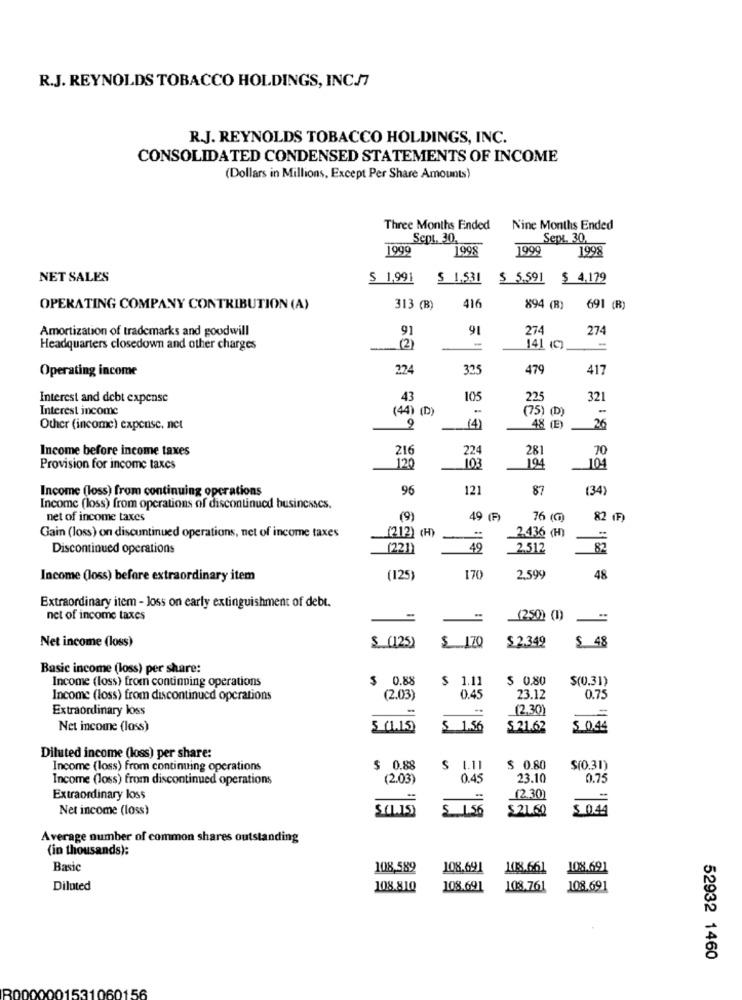
R.J. REYNOLDS TOBACCO HOLDINGS, INC./7
R.J. REYNOLDS TOBACCO HOLDINGS, INC.
CONSOLIDATED CONDENSED STATEMENTS OF INCOME
(Dollars in Millions, Except Per Share Amounts)
Three Months Ended
Nine Months Ended
Sept. 30.
Sept. 30.
1999
1998
1999
1998
NET SALES
S 1,991
$ 1,531
$ 5.591
$ 4,179
416
OPERATING COMPANY CONTRIBUTION (A)
313 (B)
894 (R)
691 (R)
Amortization of trademarks and goodwill
91
91
274
274
Headquarters closedown and other charges
(2)
-
141 (C)
Operating income
224
479
417
Interest and debt expense
43
105
225
321
Interest income
(44) (
9
(4)
(75) ( D)
48 (E)
Other (income) expense. net
26
Income before income taxes
216
224
281
70
103
194
Provision for income taxes
120
104
Income (loss) from continuing operations
96
87
(34)
Income (loss) from operations of discontinued businesses.
net of income taxes
(9)
49 (F)
76 (@)
82 (F)
Gain (loss) on discuntinued operations, net of income taxes
(212) (H)
2.436 (H)
=
Discontinued operations
(221)
49
2.512
82
Income (loss) before extraordinary item
(125)
170
2,599
48
Extraordinary item - loss on early extinguishment of debt.
net of income taxes
(250) (1)
Net income (loss)
$ 2.349
$ (125)
$ 17Q
$ 48
Basic income (loss) per share:
Income (loss) from continuing operations
$ 0.88
$ 0.80
$(0.31)
$ 1.11
Income (loss) from discontinued operations
(2.03)
0.45
23.12
0.75
Extraordinary loss
12.30)
Net income (loss)
5 (1 .15)
S 1.56
S 21.62
S 0.44
Diluted income (loss) per share:
Income (loss) from continuing operations
$ 0.88
$ 0.80
$(0.31)
Income (loss) from discontinued operations
(2.03)
0.45
23.10
0.75
Extraordinary loss
(2.30)
Net income (loss)
$(1.15)
$ 1.56
$ 21.60
$ 0.44
Average number of common shares outstanding
(in thousands):
Basic
108,589
108.691
108.661
108.691
Diluted
108.810
108.691
108.761
108.691
52932 1460